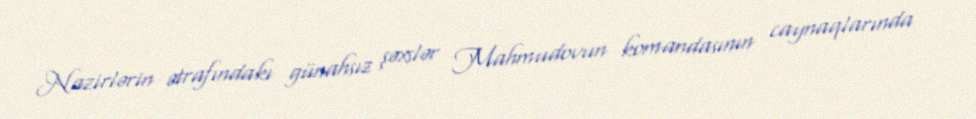
Nazirlərin ətrafındakı günahsız şəxslər Mahmudovun komandasının caynaqlarında